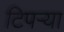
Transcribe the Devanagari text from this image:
टिपऱ्या